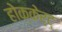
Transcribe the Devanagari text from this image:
होक्केर्ट्